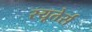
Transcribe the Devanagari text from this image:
रयूतेर्स